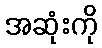
အဆုံးကို